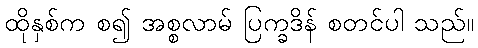
ထိုနှစ်က စ၍ အစ္စလာမ် ပြက္ခဒိန် စတင်ပါ သည်။